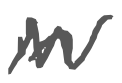
Text: in
Cross-out: zig-zag
Writing tool: digital_gray